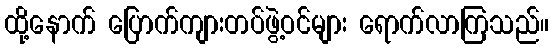
ထို့နောက် ပြောက်ကျားတပ်ဖွဲ့ဝင်များ ရောက်လာကြသည်။